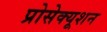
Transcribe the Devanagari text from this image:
प्रोसेक्यूशन